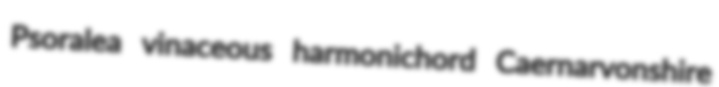
Psoralea vinaceous harmonichord Caernarvonshire